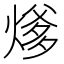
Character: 𰟍